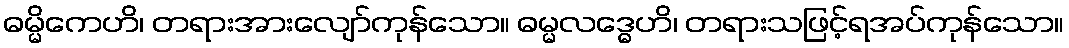
ဓမ္မိကေဟိ၊ တရားအားလျော်ကုန်သော။ ဓမ္မလဒ္ဓေဟိ၊ တရားသဖြင့်ရအပ်ကုန်သော။